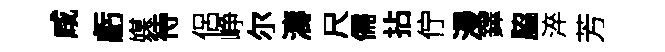
咸虧媒待侶峥尔濤尺儒拈佇漫鐸脇淬芳